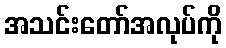
အသင်းတော်အလုပ်ကို